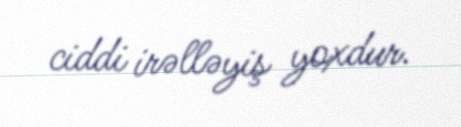
ciddi irəlləyiş yoxdur.